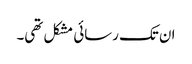
ان تک رسائی مشکل تھی۔